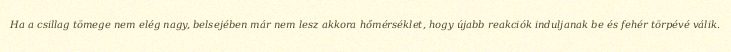
Ha a csillag tömege nem elég nagy, belsejében már nem lesz akkora hőmérséklet, hogy újabb reakciók induljanak be és fehér törpévé válik.